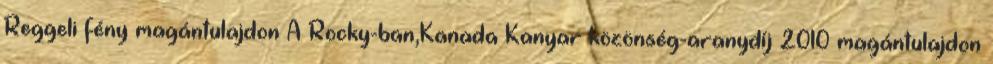
Reggeli fény magántulajdon A Rocky-ban,Kanada Kanyar közönség-aranydíj 2010 magántulajdon